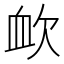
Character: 欰